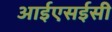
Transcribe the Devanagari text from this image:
आईएसईसी